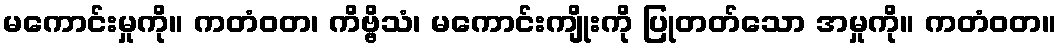
မကောင်းမှုကို။ ကတံဝတ၊ ကိဗ္ဗိသံ၊ မကောင်းကျိုးကို ပြုတတ်သော အမှုကို။ ကတံဝတ။